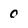
Character: 0